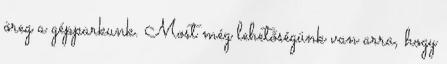
öreg a gépparkunk. Most még lehetőségünk van arra, hogy